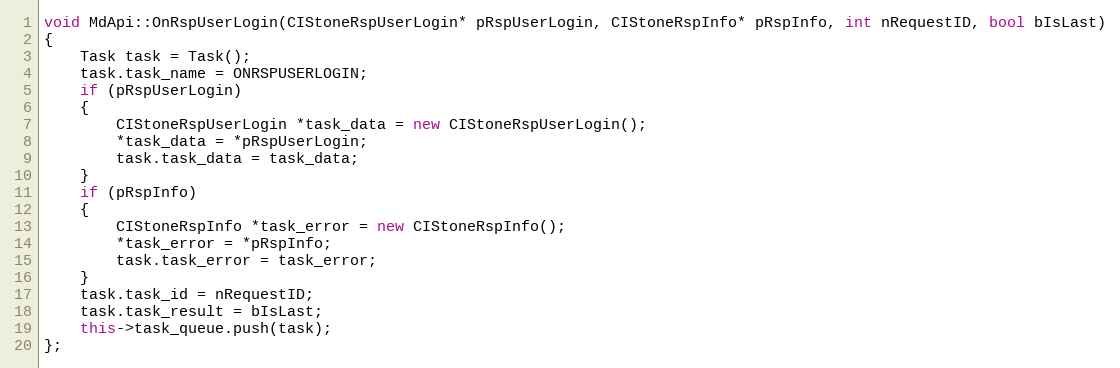
Language: C++
void MdApi::OnRspUserLogin(CIStoneRspUserLogin* pRspUserLogin, CIStoneRspInfo* pRspInfo, int nRequestID, bool bIsLast)
{
	Task task = Task();
	task.task_name = ONRSPUSERLOGIN;
	if (pRspUserLogin)
	{
		CIStoneRspUserLogin *task_data = new CIStoneRspUserLogin();
		*task_data = *pRspUserLogin;
		task.task_data = task_data;
	}
	if (pRspInfo)
	{
		CIStoneRspInfo *task_error = new CIStoneRspInfo();
		*task_error = *pRspInfo;
		task.task_error = task_error;
	}
	task.task_id = nRequestID;
	task.task_result = bIsLast;
	this->task_queue.push(task);
};